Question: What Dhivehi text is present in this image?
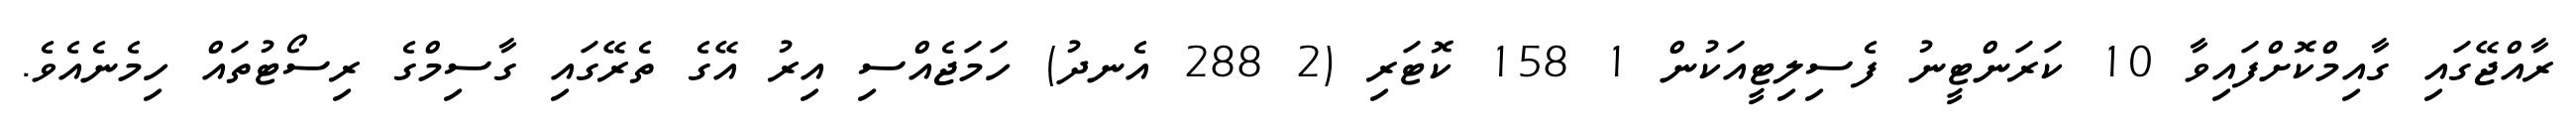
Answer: ރާއްޖޭގައި ގާއިމްކޮށްފައިވާ 10 ކަރަންޓީނު ފެސިލިޓީއަކުން 1 158 ކޮޓަރި (2 288 އެނދު) ހަމަޖެއްސި އިރު އޭގެ ތެރޭގައި ގާސިމްގެ ރިސޯޓުތައް ހިމެނެއެވެ.